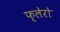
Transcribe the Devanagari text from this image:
फ्लेरो